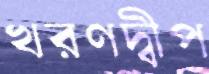
খরণদ্বীপ